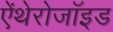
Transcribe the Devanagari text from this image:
ऐंथेरोजॉइड